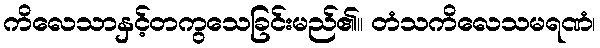
ကိလေသာနှင့်တကွသေခြင်းမည်၏။ တံသကိလေသမရဏံ၊